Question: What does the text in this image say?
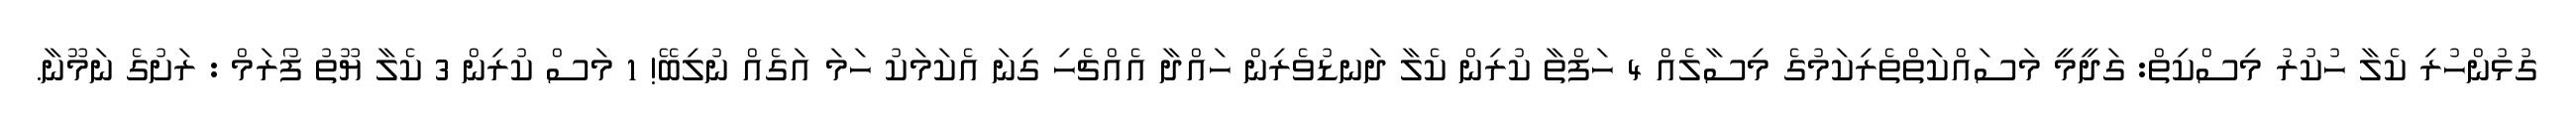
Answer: ގުޅުންހުރި ކެލާ ހުކުރު މިސްކިތް: ގަދީމީ މަސައްކަތްތެރިކަމުގެ މިސާލެއް 4 ހަފްތާ ކުރިން ކެލާ ދަނޑުވެރިން ހައްދާ އެއްޗެހި ގިނަ އެކަމަކު ހަމަ އަގެއް ނުލިބޭ! 1 މަސް ކުރިން 3 ކެލާ ޔޫތު ފޯރަމް : ރަށުގެ ނަމޫނާ.